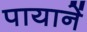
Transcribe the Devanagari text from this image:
पायानें